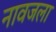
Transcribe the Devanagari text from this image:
नावजला